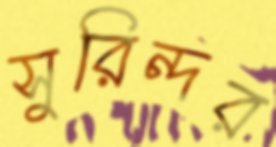
সুরিন্দর